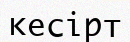
кесірт